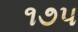
૧૭૫